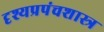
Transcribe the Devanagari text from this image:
दृश्यप्रपंचशास्त्र